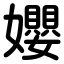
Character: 孆